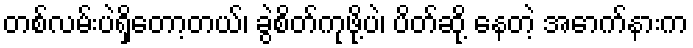
တစ်လမ်းပဲရှိတော့တယ်၊ ခွဲစိတ်ကုဖို့ပဲ၊ ပိတ်ဆို့ နေတဲ့ အောက်နားက